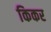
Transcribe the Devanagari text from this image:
किकर